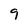
Character: 9